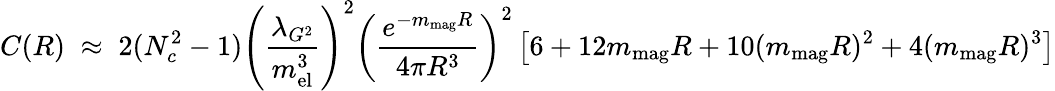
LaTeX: C(R)\; \approx\; 2(N_{c}^{2}-1)\left({\frac{\lambda_{G^{2}}}{m_{\mathrm{el}}^{3}}}\right)^{2}\left({\frac{e^{-m_{\mathrm{mag}}R}}{4\pi R^{3}}}\right)^{2}\left[6+12m_{\mathrm{mag}}R+10(m_{\mathrm{mag}}R)^{2}+4(m_{\mathrm{mag}}R)^{3}\right]